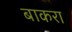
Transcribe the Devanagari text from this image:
बाकरा